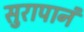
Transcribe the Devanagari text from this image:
सुरापानं